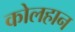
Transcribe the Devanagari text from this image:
कोलहान